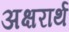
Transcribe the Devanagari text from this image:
अक्षरार्थ